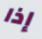
إذا